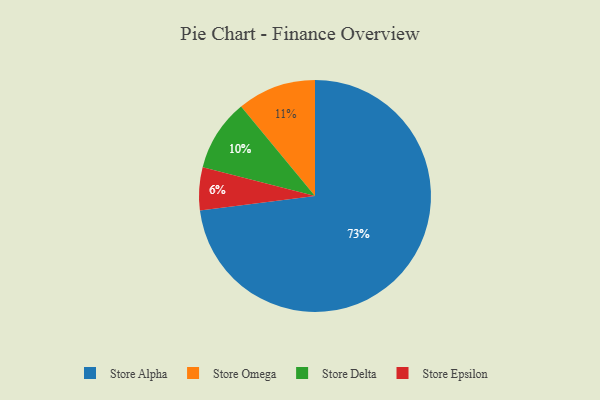
{"axis": {"x": "Category", "y": "Percentage"}, "legend": ["Store Alpha", "Store Delta", "Store Epsilon", "Store Omega"], "data": [{"x": "Store Delta", "y": 10, "type": "Store Delta"}, {"x": "Store Epsilon", "y": 6, "type": "Store Epsilon"}, {"x": "Store Alpha", "y": 73, "type": "Store Alpha"}, {"x": "Store Omega", "y": 11, "type": "Store Omega"}]}